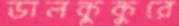
ডালকুকুরে